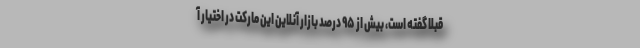
قبلاً گفته است، بیش از ۹۵ درصد بازار آنلاین این مارکت در اختیار آ